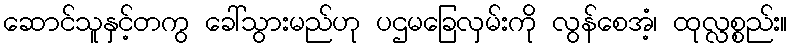
ဆောင်သူနှင့်တကွ ခေါ်သွားမည်ဟု ပဌမခြေလှမ်းကို လွန်စေအံ့၊ ထုလ္လစ္စည်း။